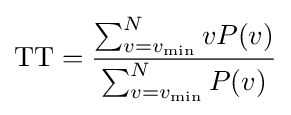
{\text{TT}}={\frac {\sum _{v=v_{\min }}^{N}vP(v)}{\sum _{v=v_{\min }}^{N}P(v)}}